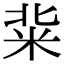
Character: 䉾